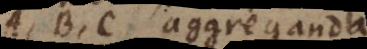
A, B, C aggreganda,